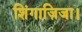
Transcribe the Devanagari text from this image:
शिंगाज़िजा।